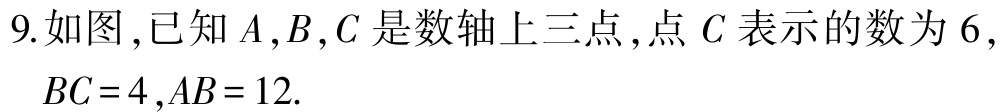
9.如图,已知\(A,B,C\)是数轴上三点,点\(C\)表示的数为\(6\),\(BC = 4\),\(AB = 12\).